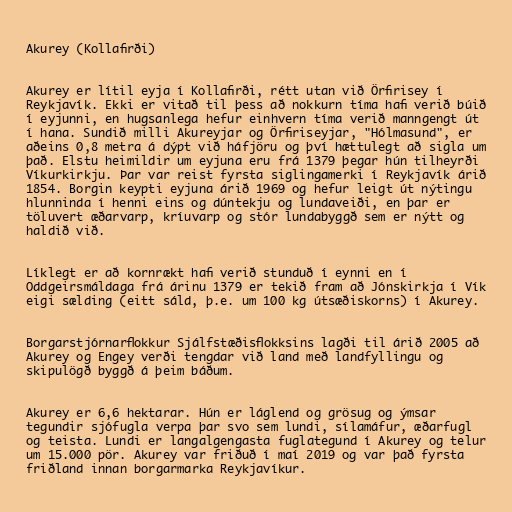
Akurey (Kollafirði)

Akurey er lítil eyja í Kollafirði, rétt utan við Örfirisey í
Reykjavík. Ekki er vitað til þess að nokkurn tíma hafi verið búið
í eyjunni, en hugsanlega hefur einhvern tíma verið manngengt út
í hana. Sundið milli Akureyjar og Örfiriseyjar, "Hólmasund", er
aðeins 0,8 metra á dýpt við háfjöru og því hættulegt að sigla um
það. Elstu heimildir um eyjuna eru frá 1379 þegar hún tilheyrði
Víkurkirkju. Þar var reist fyrsta siglingamerki í Reykjavík árið
1854. Borgin keypti eyjuna árið 1969 og hefur leigt út nýtingu
hlunninda í henni eins og dúntekju og lundaveiði, en þar er
töluvert æðarvarp, kríuvarp og stór lundabyggð sem er nýtt og
haldið við.

Líklegt er að kornrækt hafi verið stunduð í eynni en í
Oddgeirsmáldaga frá árinu 1379 er tekið fram að Jónskirkja í Vík
eigi sælding (eitt sáld, þ.e. um 100 kg útsæðiskorns) í Akurey.

Borgarstjórnarflokkur Sjálfstæðisflokksins lagði til árið 2005 að
Akurey og Engey verði tengdar við land með landfyllingu og
skipulögð byggð á þeim báðum.

Akurey er 6,6 hektarar. Hún er láglend og grösug og ýmsar
tegundir sjófugla verpa þar svo sem lundi, sílamáfur, æðarfugl
og teista. Lundi er langalgengasta fuglategund í Akurey og telur
um 15.000 pör. Akurey var friðuð í maí 2019 og var það fyrsta
friðland innan borgarmarka Reykjavíkur.